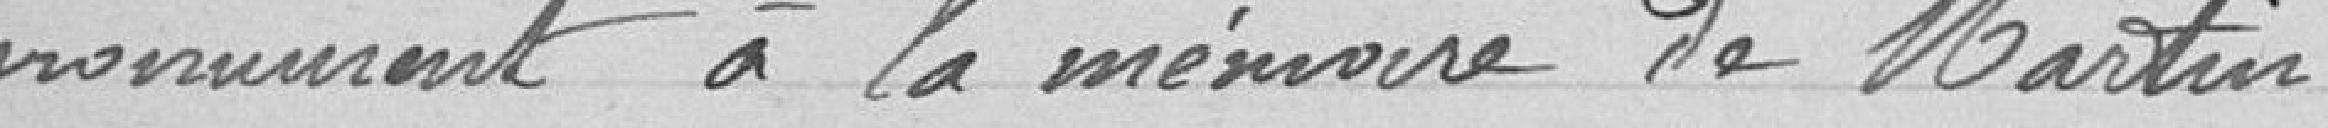
monument à la mémoire de Martin